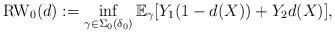
LaTeX: \begin{align*}\mathrm{RW}_0(d): =\inf_{\gamma \in \Sigma_0(\delta_0)} \mathbb{E}_{\gamma} [Y_1 (1 - d(X)) + Y_2 d(X)],\end{align*}